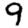
Digit: 9